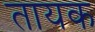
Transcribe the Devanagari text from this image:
तायक